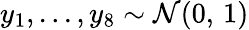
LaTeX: y_{1},...,y_{8}\sim\mathcal{N}(0,\, 1)